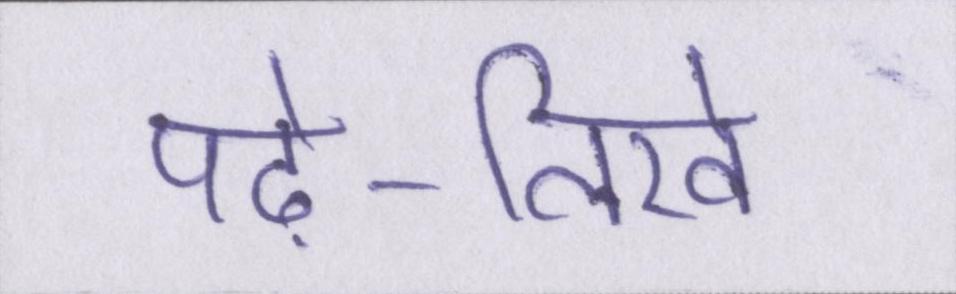
पढ़े-लिखे